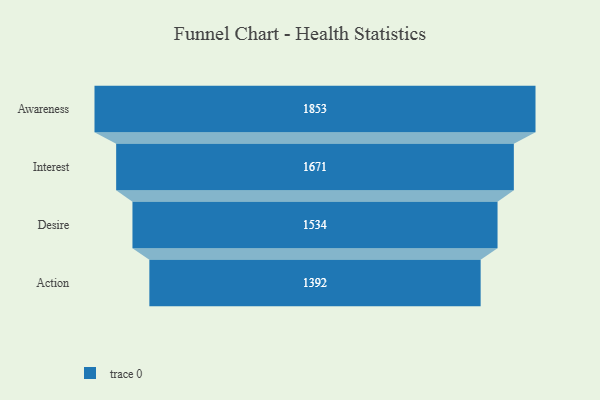
{"axis": {"x": "Stage", "y": "Value"}, "legend": [""], "data": [{"x": "Awareness", "y": 1853.0, "type": ""}, {"x": "Interest", "y": 1671.0, "type": ""}, {"x": "Desire", "y": 1534.0, "type": ""}, {"x": "Action", "y": 1392.0, "type": ""}]}